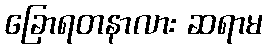
ခြောရတနာလား ဆရာမ